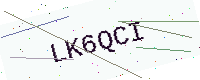
Text: LK6QCI